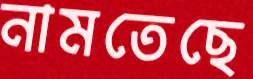
নামতেছে